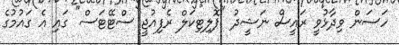
ހަސަން ވިދާޅުވީ ރައީސް ނަޝީދު "ޕޮލިޓިކަލް ރެފިއުޖީ ސްޓޭޓަސް" ގައި އެ ގައުމުގެ